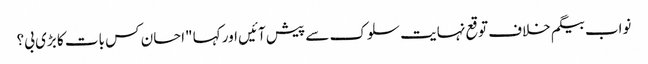
نواب بیگم خلاف توقع نہایت سلوک سے پیش آئیں اور کہا "احسان کس بات کا بڑی بی؟